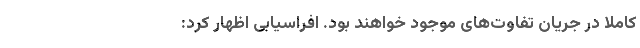
کاملاً در جریان تفاوت‌های موجود خواهند بود. افراسیابی اظهار کرد: